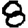
Digit: 8